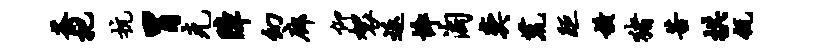
荼把抗胃克障幻廊仰袈返悴淘奕荒距横猪苦拱瓴